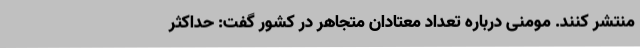
منتشر کنند. مومنی درباره تعداد معتادان متجاهر در کشور گفت: حداکثر